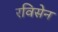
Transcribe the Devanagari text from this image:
रविसेन